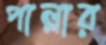
পাল্লার